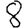
Digit: 8